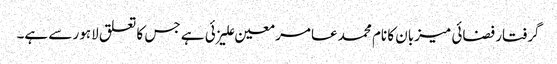
گرفتار فضائی میزبان کا نام محمد عامر معین علیزئی ہے جس کا تعلق لاہور سے ہے۔